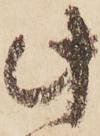
此